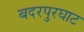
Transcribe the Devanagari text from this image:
बदरपुरघाट